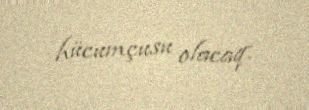
hücumçusu olacaq.